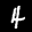
Label: 4